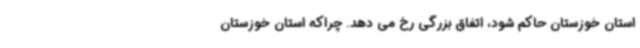
استان خوزستان حاکم شود، اتفاق بزرگی رخ می دهد. چراکه استان خوزستان